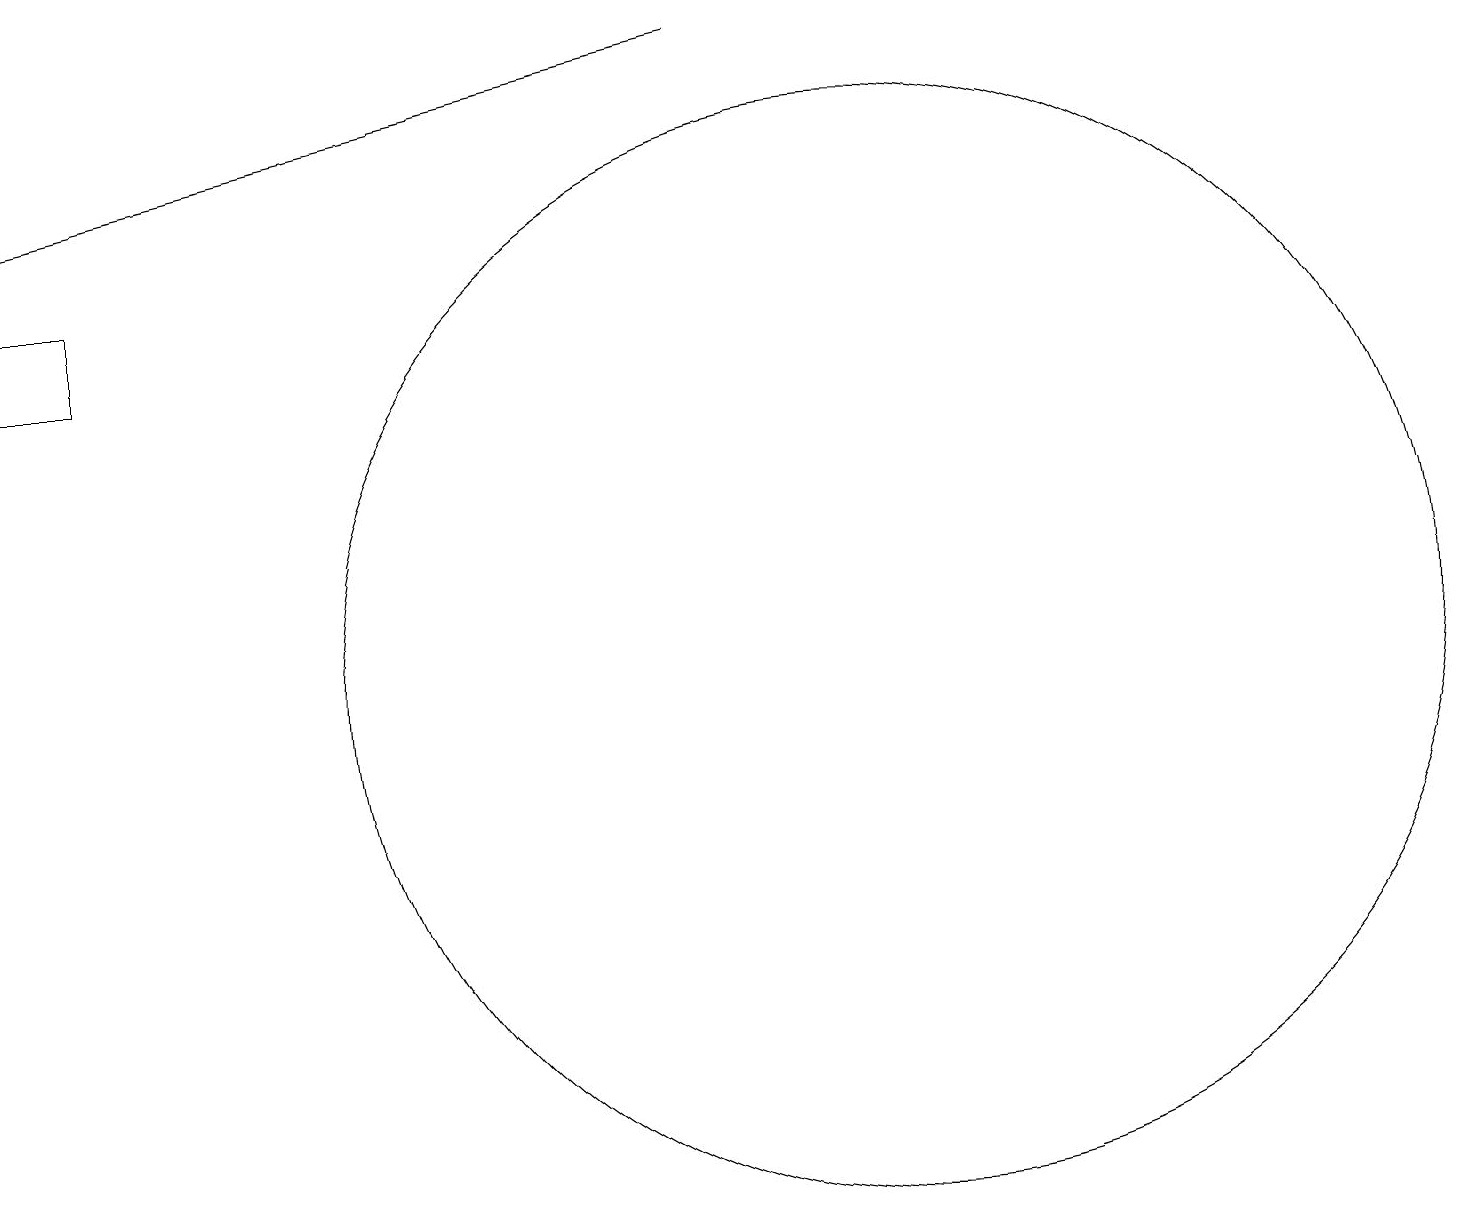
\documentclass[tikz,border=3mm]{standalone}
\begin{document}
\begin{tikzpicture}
\draw[->] (9,19) -- (0,17);
\draw (11,11) circle (7);
\draw (0,16) rectangle (1,15);
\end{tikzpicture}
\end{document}